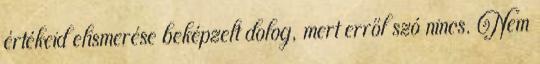
értékeid elismerése beképzelt dolog, mert erről szó nincs. Nem